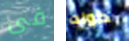
فى كونت